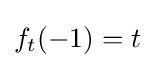
f_{t}(-1)=t